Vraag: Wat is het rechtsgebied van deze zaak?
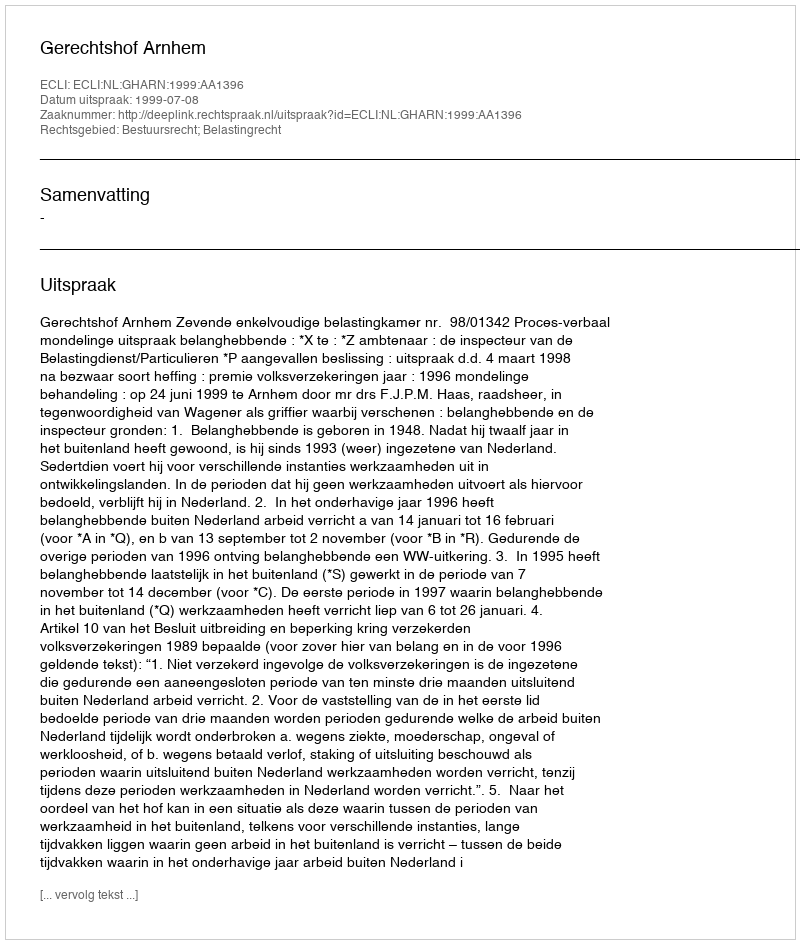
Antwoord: Bestuursrecht; Belastingrecht